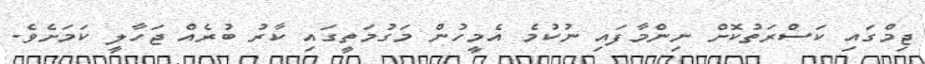
ޖިމްގައި ކަސްރަތުކޮށް ނިންމާފައި ނުކުމެ އެމީހުން މަގުމަތީގައި ކާރު ބުރެއް ޖަހާލީ ކަމަށެވެ.